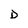
Character: D